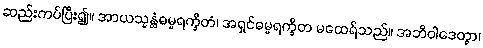
ဆည်းကပ်ပြီး၍။ အာယသ္မန္တံဓမ္မရက္ခိတံ၊ အရှင်ဓမ္မရက္ခိတ မထေရ်သည်။ အဘိဝါဒေတွာ၊